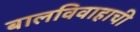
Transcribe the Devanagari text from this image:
बालविवाहाची